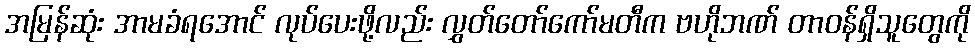
အမြန်ဆုံး အာမခံရအောင် လုပ်ပေးဖို့လည်း လွှတ်တော်ကော်မတီက ဗဟိုဘဏ် တာဝန်ရှိသူတွေကို